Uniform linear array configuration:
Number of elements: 48
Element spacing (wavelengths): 0.25
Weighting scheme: hann
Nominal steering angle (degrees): -60
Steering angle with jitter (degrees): -58.033
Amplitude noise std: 0.05
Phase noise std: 0.05

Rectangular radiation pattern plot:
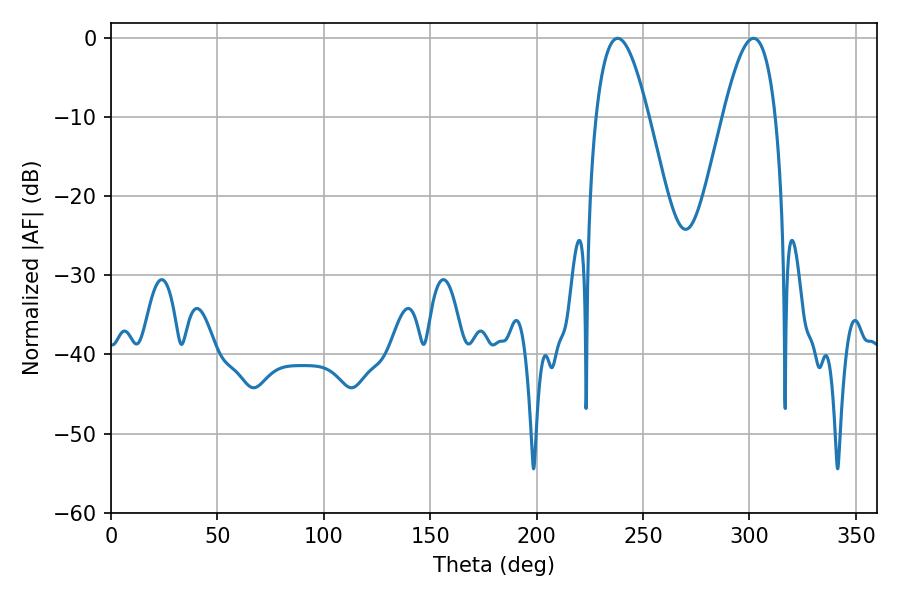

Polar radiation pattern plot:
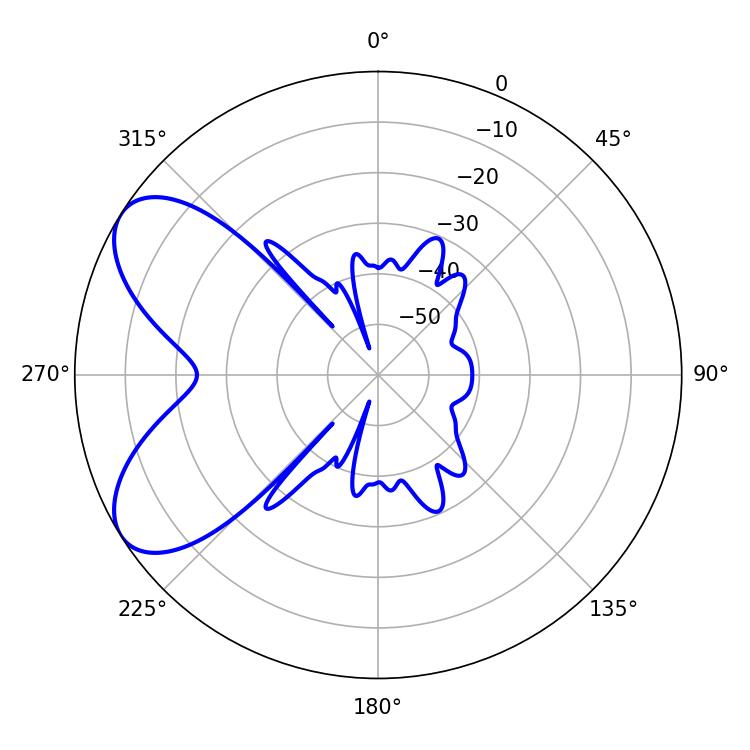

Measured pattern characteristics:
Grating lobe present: FALSE
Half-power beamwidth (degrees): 13.5
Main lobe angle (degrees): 238.14